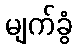
မျက်ခွံ